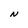
Character: N